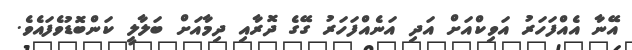
އޭނާ އެއްފަހަރު އަވިކްއަށް އަދި އަނެއްފަހަރު ގޭގެ ދޮރާއި ދިމާއަށް ބަލާލީ ކަންބޮޑުވެފައެވެ.